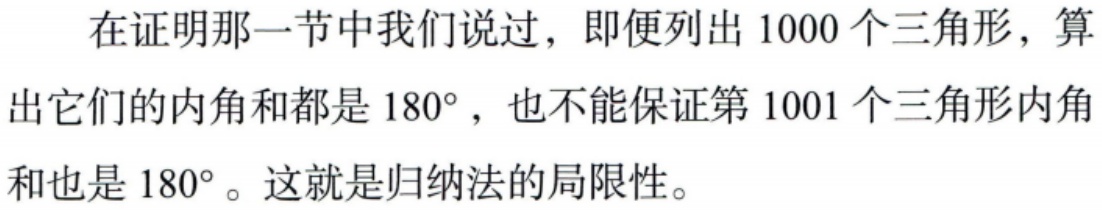
在证明那一节中我们说过，即便列出 1000 个三角形，算出它们的内角和都是 \(180^{\circ}\)，也不能保证第 1001 个三角形内角和也是 \(180^{\circ}\)。这就是归纳法的局限性。